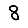
Digit: 8